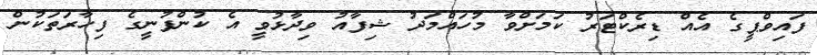
ފައިވްޕީގެ އެއް ޑިރެކްޓަރު ކަމަށްވާ މުހައްމަދު ޝިފާއު ވިދާޅުވީ އެ ކުންފުނީގެ ފިހާރަތަކުން